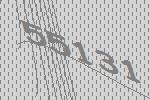
55131